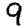
Digit: 9